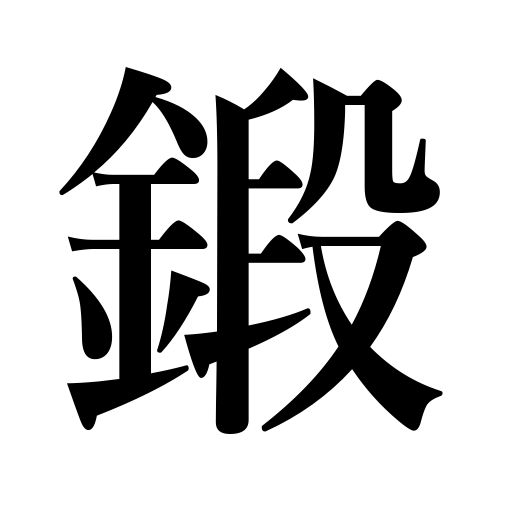
Meanings: train,practice,drill,temper,forge